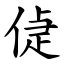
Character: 偼